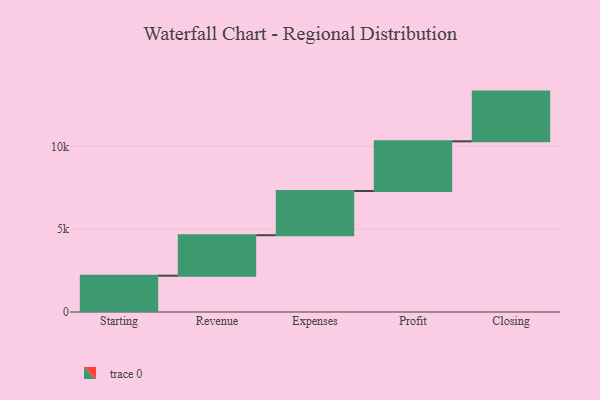
{"axis": {"x": "Step", "y": "Value"}, "legend": [""], "data": [{"x": "Starting", "y": 2191.0, "type": ""}, {"x": "Revenue", "y": 2443.0, "type": ""}, {"x": "Expenses", "y": 2668.0, "type": ""}, {"x": "Profit", "y": 3000, "type": ""}, {"x": "Closing", "y": 3000, "type": ""}]}